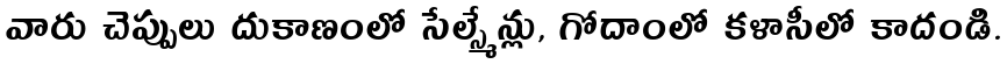
వారు చెప్పులు దుకాణంలో సేల్స్మేన్లు, గోదాంలో కళాసీలో కాదండి.